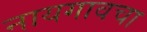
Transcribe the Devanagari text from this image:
नायगावचा